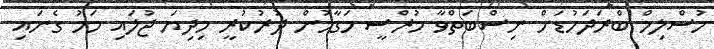
މުސްލިމް ބްރަދަހުޑަށް ނިސްބަތްވާ މުރްސީ މަގާމުން ދުރުކުރީ މިދިޔަ ޖުލައި މަހު ގެނައި